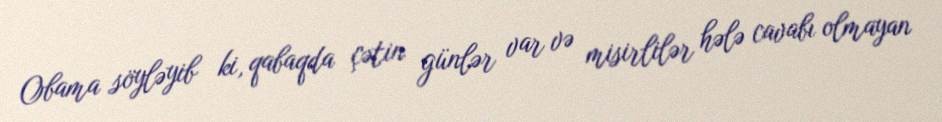
Obama söyləyib ki, qabaqda çətin günlər var və misirlilər hələ cavabı olmayan